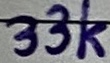
Text: 33K